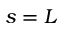
s = L